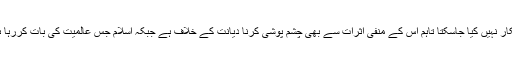
گلوبلائزیشن کے فائدے سے انکار نہیں کیا جاسکتا تاہم اس کے منفی اثرات سے بھی چشم پوشی کرنا دیانت کے خلاف ہے جبکہ اسلام جس عالمیت کی بات کررہا ہے اس کے تمام پہلو مثبت ہیں۔